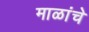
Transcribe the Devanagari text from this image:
माळांचे